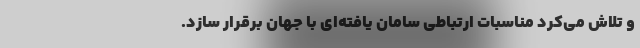
و تلاش می‌کرد مناسبات ارتباطی سامان یافته‌ای با جهان برقرار سازد.